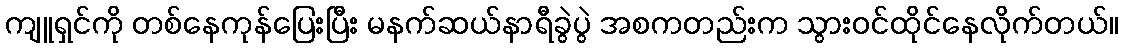
ကျူရှင်ကို တစ်နေကုန်ပြေးပြီး မနက်ဆယ်နာရီခွဲပွဲ အစကတည်းက သွားဝင်ထိုင်နေလိုက်တယ်။